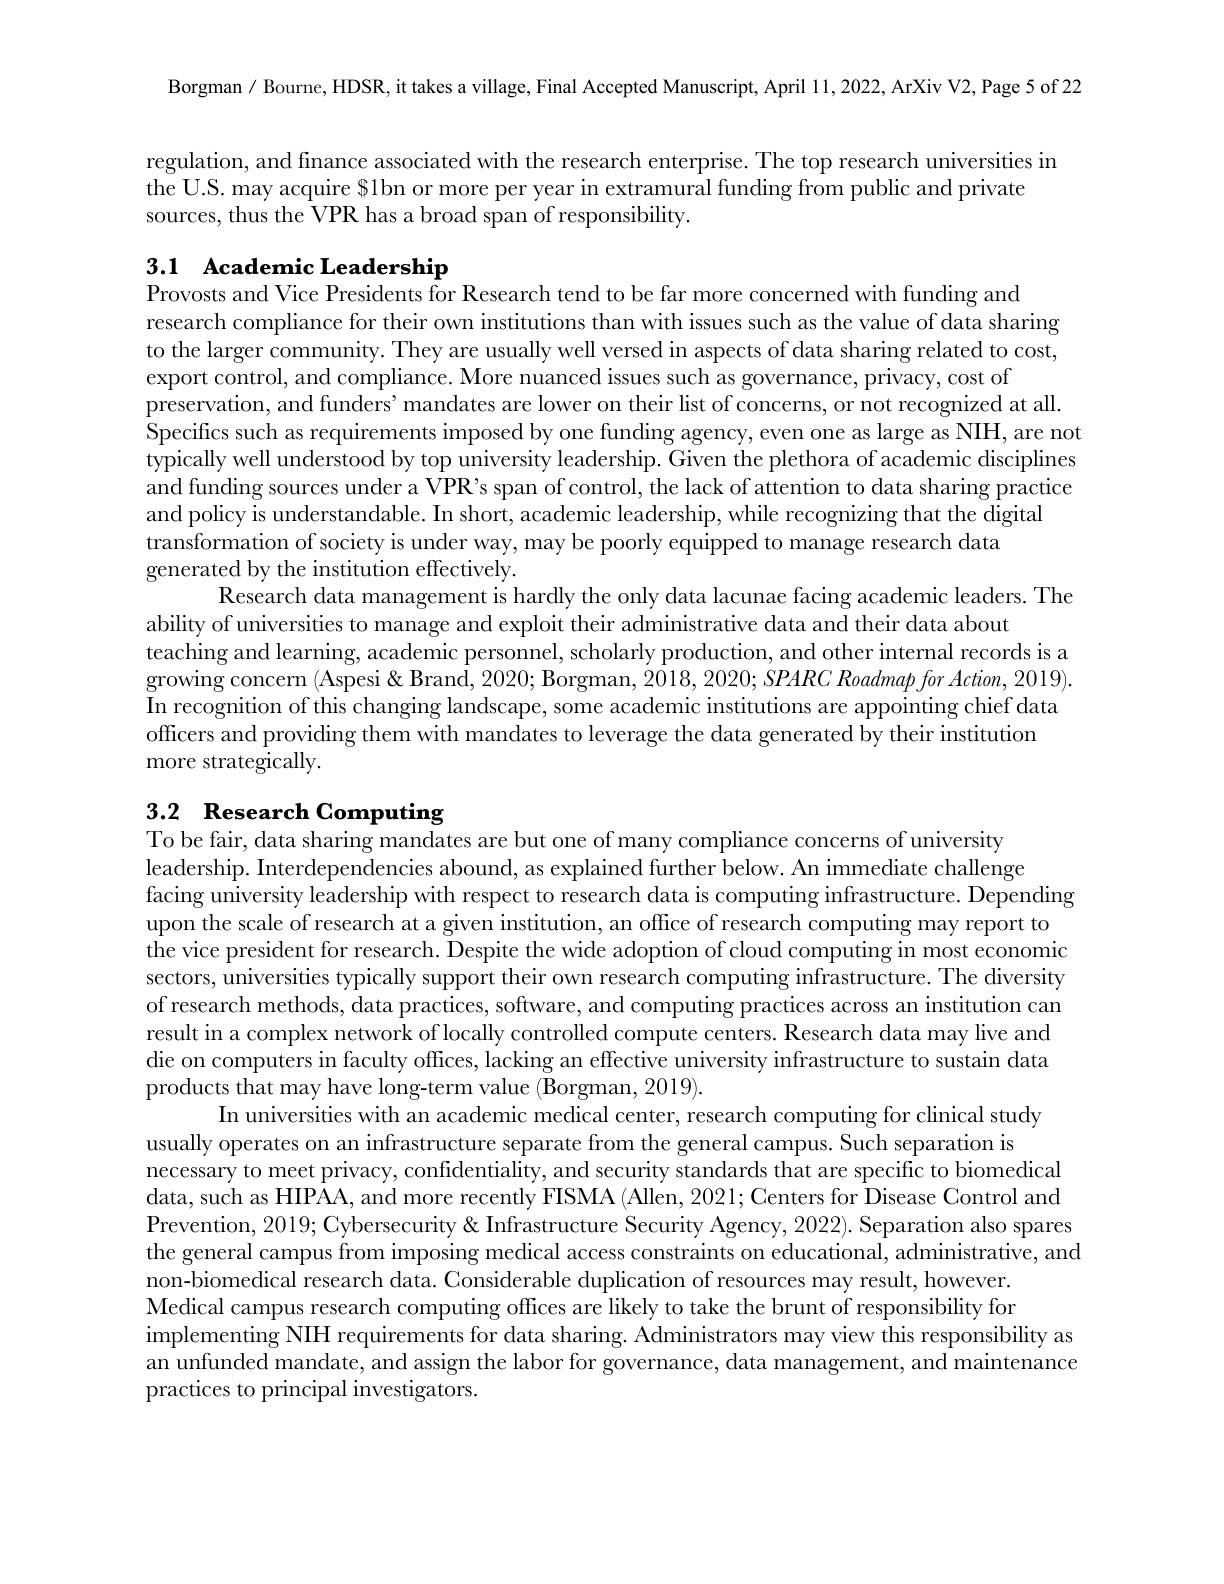
Borgman / Bourne, HDSR, it takes a village, Final Accepted Manuscript, April 11,2022,ArXiv V2, Page 5 of 22

regulation, and finance associated with the research enterprise. The top research universities in
the U.S. may acquire $lbn or more per year in extramural funding from public and private
sources, thus the VPR has a broad span of responsibility.

# 3.1 Academic Leadership

Provosts and Vice Presidents for Research tend to be far more concerned with funding and
research compliance for their own institutions than with issues such as the value of data sharing to the larger community. They are usually well versed in aspects of data sharing related to cost, export control, and compliance. More nuanced issues such as governance, privacy, cost of
preservation, and funders' mandates are lower on their list of concerns, or not recognized at all.
Specifics such as requirements imposed by one funding agency, even one as large as NIH, are not $\bar{\text{typically well understood by top university leadership. Given the plethora of academic disciplines}}$ and funding sources under a VPR's span of control, the lack of attention to data sharing practice and policy is understandable. In short, academic leadership, while recognizing that the digital
transformation of society is under way, may be poorly equipped to manage research data
generated by the institution effectively.
Research data management is hardly the only data lacunae facing academic leaders. The
ability of universities to manage and exploit their administrative data and their data about
teaching and learning, academic personnel, scholarly production, and other internal records is a growing concern (Aspesi & Brand, 2020; Borgman, 2018, 2020; SPARC Roadmap for Action, 2019). In recognition of this changing landscape, some academic institutions are appointing chief data officers and providing them with mandates to leverage the data generated by their institution
more strategically.

# 3.2 Research Computing

To be fair, data sharing mandates are but one of many compliance concerns of university
leadership. Interdependencies abound, as explained further below. An immediate challenge
facing university leadership with respect to research data is computing infrastructure. Depending
upon the scale of research at a given institution, an office of research computing may report to the vice president for research. Despite the wide adoption of cloud computing in most economic sectors, universities typically support their own research computing infrastructure. The diversity of research methods, data practices, software, and computing practices across an institution can result in a complex network of locally controlled compute centers. Research data may live and die on computers in faculty offices, lacking an effective university infrastructure to sustain data products that may have long-term value (Borgman, 2019).
In universities with an academic medical center, research computing for clinical study
usually operates on an infrastructure separate from the general campus. Such separation is
necessary to meet privacy, confidentiality, and security standards that are specific to biomedical data, such as HIPAA, and more recently FISMA ( Allen, 2021; Centers for Disease Control and Prevention, 2019; Cybersecurity& Infrastructure Security Agency, 2022). Separation also spares the general campus from imposing medical access constraints on educational, administrative, and non-biomedical research data. Considerable duplication of resources may result, however. Medical campus research computing offices are likely to take the brunt of responsibility for implementing NIH requirements for data sharing. Administrators may view this responsibility as an unfunded mandate, and assign the labor for governance, data management, and maintenance practices to principal investigators.